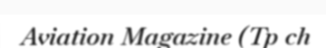
Aviation Magazine (Tp ch